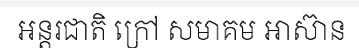
អន្តរជាតិ ក្រៅ សមាគម អាស៊ាន